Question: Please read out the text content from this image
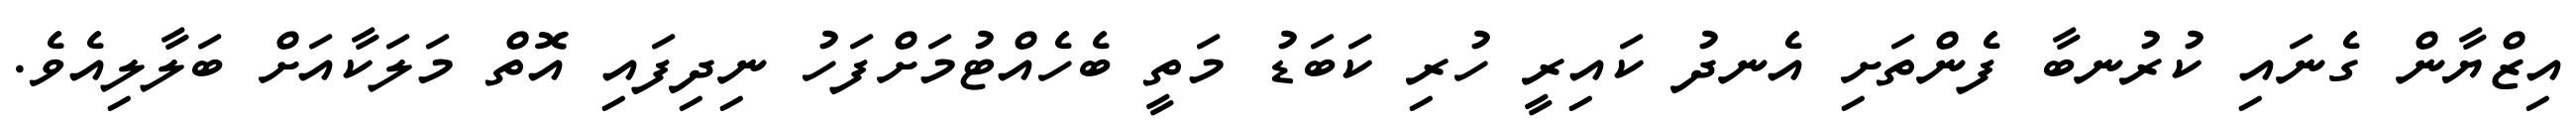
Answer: އިޒްޔާން ގެނައި ކުރުނބާ ފެންތަށި އެނދު ކައިރީ ހުރި ކަބަޑު މަތީ ބެހެއްޓުމަށްފަހު ނިދިފައި އޮތް މަލަކާއަށް ބަލާލިއެވެ.